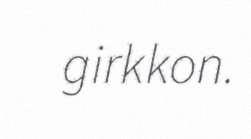
girkkon.